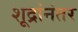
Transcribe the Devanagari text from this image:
शूद्रांनंतर